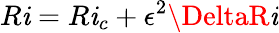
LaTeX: R\mathit{i}=R\mathit{i}_{c}+\epsilon^{2}\DeltaR\mathit{i}